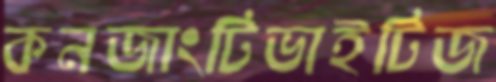
কনজাংটিভাইটিজ